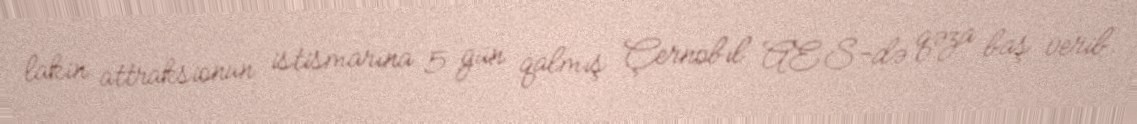
lakin attraksionun istismarına 5 gün qalmış Çernobıl AES-də qəza baş verib.